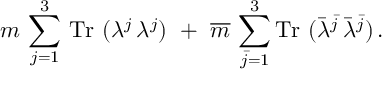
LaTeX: m \, \sum _ { j = 1 } ^ { 3 } \, \mathrm { T r } ~ ( \lambda ^ { j } \, \lambda ^ { j } ) ~ + ~ \overline { { m } } \, \sum _ { \bar { j } = 1 } ^ { 3 } \mathrm { T r } ~ ( \bar { \lambda } ^ { \bar { j } } \, \bar { \lambda } ^ { \bar { j } } ) \, .